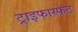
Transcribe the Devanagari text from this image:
ट्राइफास्फेट